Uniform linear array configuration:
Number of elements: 12
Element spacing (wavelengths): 0.25
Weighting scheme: uniform
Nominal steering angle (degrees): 15
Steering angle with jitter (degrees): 14.68
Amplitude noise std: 0.05
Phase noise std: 0.05

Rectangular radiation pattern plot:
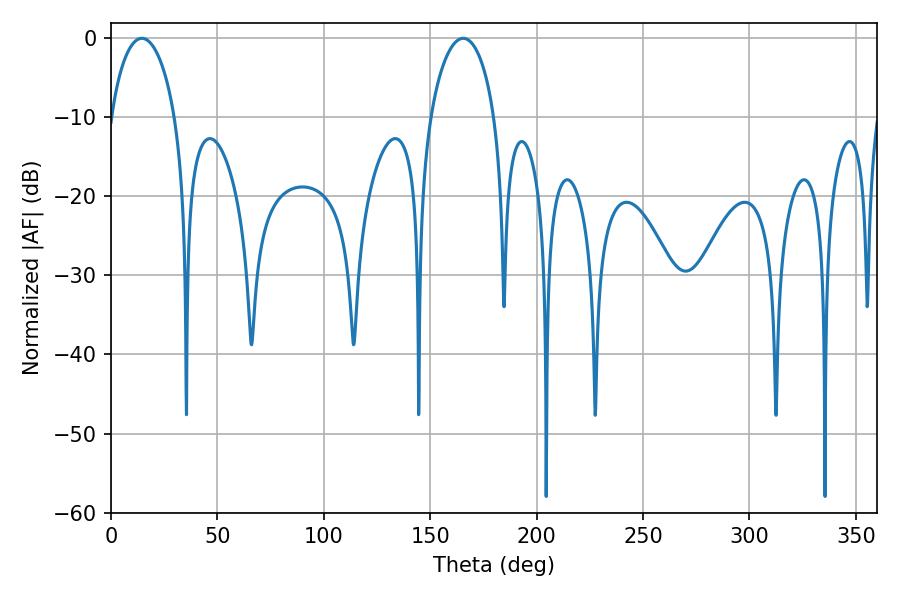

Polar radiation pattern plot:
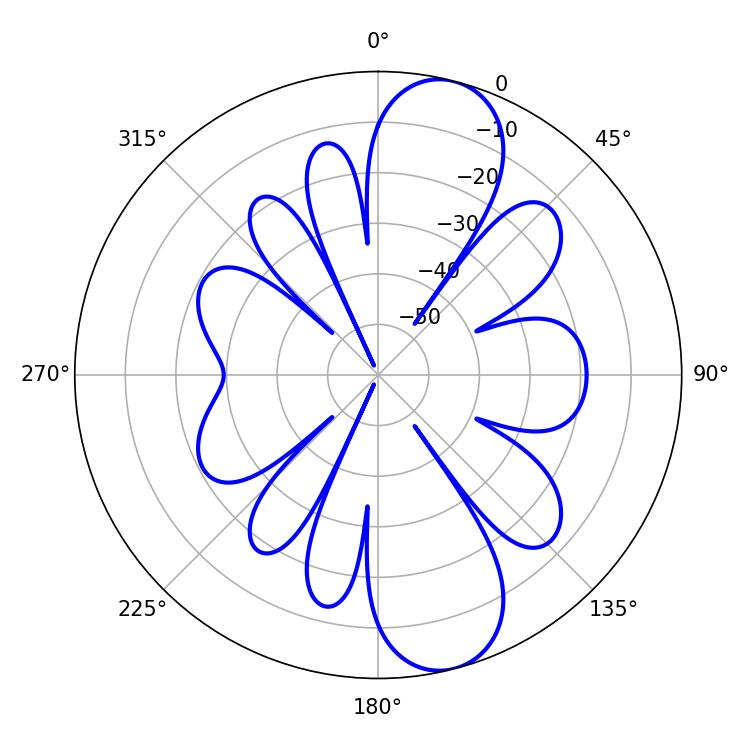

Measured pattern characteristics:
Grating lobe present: FALSE
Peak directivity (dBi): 10.679
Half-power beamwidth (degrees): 17.46
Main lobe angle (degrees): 165.42